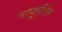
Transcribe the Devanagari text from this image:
बाणूर्लिंग